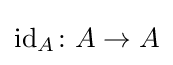
{\text{id}}_{A}\colon A\rightarrow A